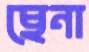
ছেনা